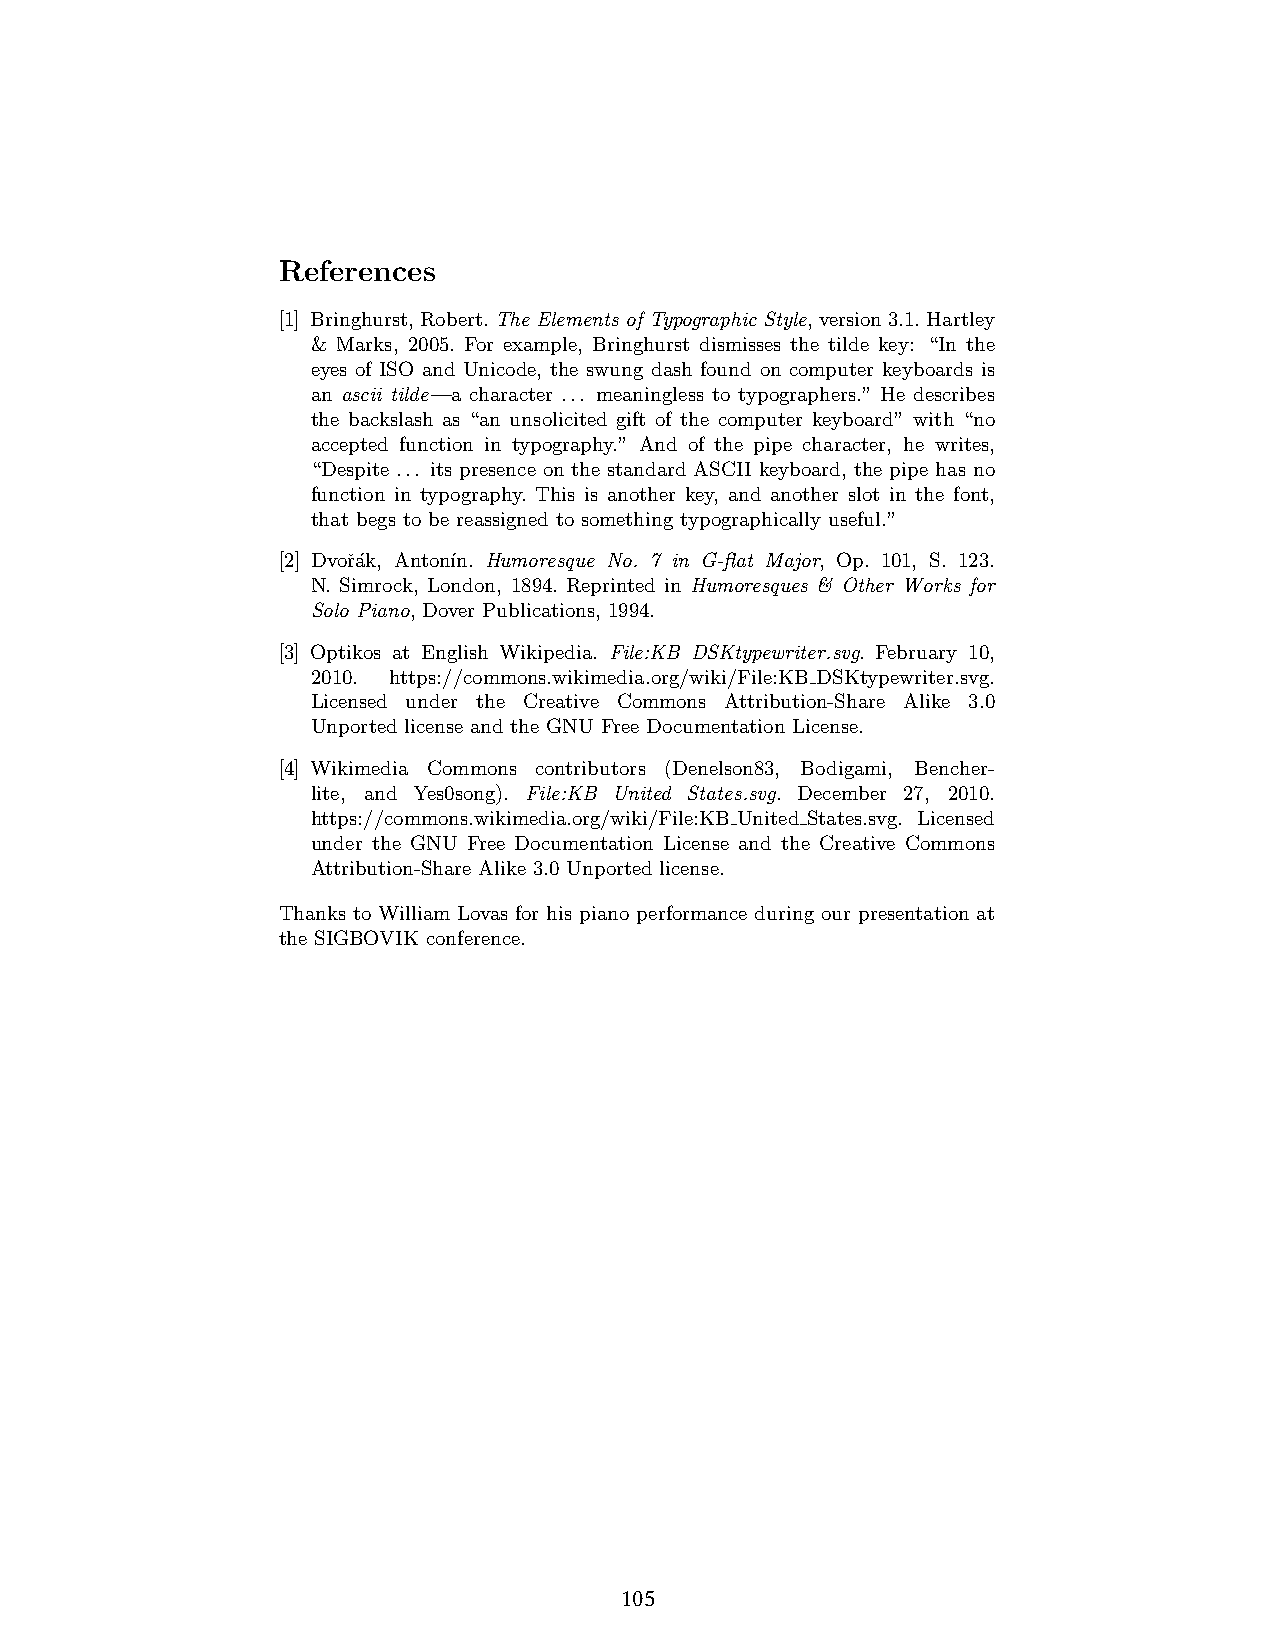
References
 [1] Bringhurst,Robert.The Elements of Typographic Style,version3.1.Hartley
 & Marks, 2005. For example, Bringhurst dismisses the tilde key: “In the
 eyes of ISO and Unicode, the swung dash found on computer keyboards is
 an ascii tilde—a character ... meaningless to typographers.” He describes
 the backslash as “an unsolicited gift of the computer keyboard” with “no
 accepted function in typography.” And of the pipe character, he writes,
 “Despite ... its presence on the standard ASCII keyboard, the pipe has no
 function in typography. This is another key, and another slot in the font,
 that begs to be reassigned to something typographically useful.”
 [2] Dvoˇr´ak, Anton´ın. Humoresque No. 7 in G-flat Major, Op. 101, S. 123.
 N. Simrock, London, 1894. Reprinted in Humoresques & Other Works for
 Solo Piano, Dover Publications, 1994.
 [3] Optikos at English Wikipedia. File:KB DSKtypewriter.svg. February 10,
 2010. https://commons.wikimedia.org/wiki/File:KB DSKtypewriter.svg.
 Licensed under the Creative Commons Attribution-Share Alike 3.0
 Unported license and the GNU Free Documentation License.
 [4] Wikimedia Commons contributors (Denelson83, Bodigami, Bencher-
 lite, and Yes0song). File:KB United States.svg. December 27, 2010.
 https://commons.wikimedia.org/wiki/File:KB United States.svg. Licensed
 under the GNU Free Documentation License and the Creative Commons
 Attribution-Share Alike 3.0 Unported license.
 Thanks to William Lovas for his piano performance during our presentation at
 the SIGBOVIK conference.
 14
 105